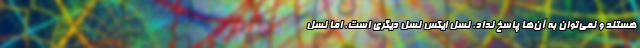
هستند و نمی‌توان به آن‌ها پاسخ نداد. نسل ایکس نسل دیگری است. اما نسل